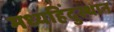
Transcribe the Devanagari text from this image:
मध्यहिंदुस्थान